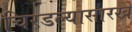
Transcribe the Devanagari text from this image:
चिरडल्यासारखे